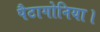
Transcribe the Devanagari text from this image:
पैटागोनिया।